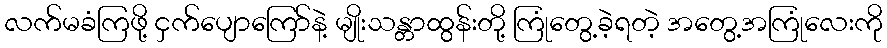
လက်မခံကြဖို့ ငှက်ပျောကြော်နဲ့ မျိုးသန္တာထွန်းတို့ ကြုံတွေ့ခဲ့ရတဲ့ အတွေ့အကြုံလေးကို